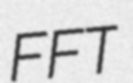
FFT